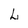
Character: L